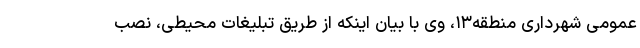
عمومی شهرداری منطقه۱۳، وی با بیان اینکه از طریق تبلیغات محیطی، نصب